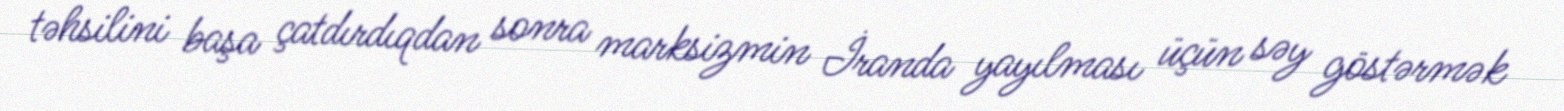
təhsilini başa çatdırdıqdan sonra marksizmin İranda yayılması üçün səy göstərmək